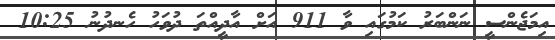
އިމަޖެންސީ ނަންބަރު ކަމުގައި ވާ 911 އަށް އާދީއްތަ ދުވަހު ހެނދުނު 10:25